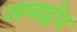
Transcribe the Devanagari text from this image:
जावाद्वीप